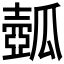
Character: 𤬗